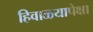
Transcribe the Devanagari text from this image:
हिवाळ्यापेक्षा